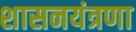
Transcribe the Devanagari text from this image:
शासनयंत्रणा